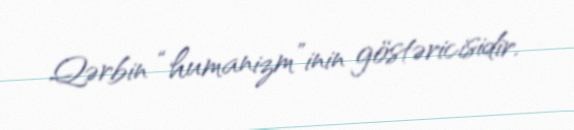
Qərbin “humanizm”inin göstəricisidir.